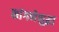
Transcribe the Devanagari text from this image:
सांगणेसुद्धा